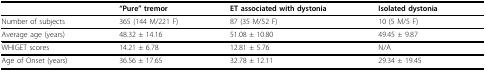
<table><thead><tr><td></td><td><b>&quot;Pure&quot; tremor</b></td><td><b>ET associated with dystonia</b></td><td><b>Isolated dystonia</b></td></tr></thead><tbody><tr><td>Number of subjects</td><td>365 (144 M/221 F)</td><td>87 (35 M/52 F)</td><td>10 (5 M/5 F)</td></tr><tr><td>Average age (years)</td><td>48.32 ± 14.16</td><td>51.08 ± 10.80</td><td>49.45 ± 9.87</td></tr><tr><td>WHIGET scores</td><td>14.21 ± 6.78</td><td>12.81 ± 5.76</td><td>N/A</td></tr><tr><td>Age of Onset (years)</td><td>36.56 ± 17.65</td><td>32.78 ± 12.11</td><td>29.34 ± 19.45</td></tr></tbody></table>